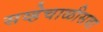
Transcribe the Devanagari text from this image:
सव्हेचाळीसवा